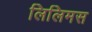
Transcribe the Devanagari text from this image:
लिलिमस